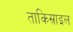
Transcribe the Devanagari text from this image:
ताकिस्राइल